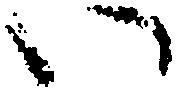
い